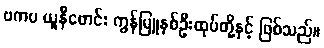
ဗကပ ယူနီဖောင်း ကွန်မြူနစ်ဦးထုပ်တို့နှင့် ဖြစ်သည်။